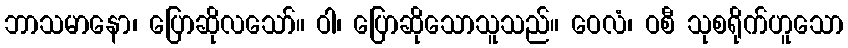
ဘာသမာနော၊ ပြောဆိုလသော်။ ဝါ၊ ပြောဆိုသောသူသည်။ ဝေလံ၊ ဝစီ သုစရိုက်ဟူသော